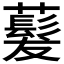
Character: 𬟂